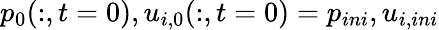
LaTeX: p_{0}(:,t=0),u_{i,0}(:,t=0)=p_{ini},u_{i,ini}